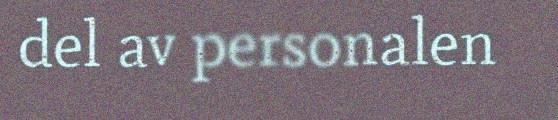
del av personalen